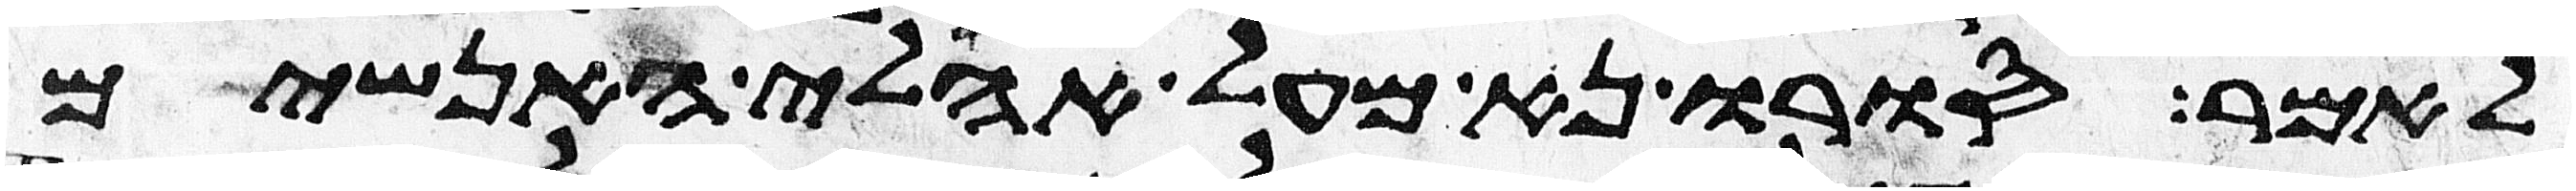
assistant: לאמר סורו נא מעל אהלי האנשים